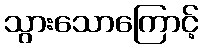
သွားသောကြောင့်